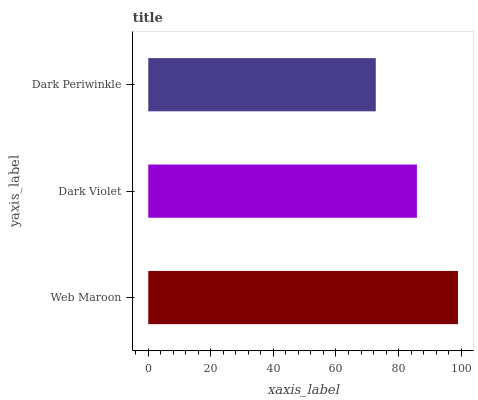
| yaxis_label | bars |
 | --- | --- |
 | Web Maroon | 99 |
 | Dark Violet | 85.9 |
 | Dark Periwinkle | 72.7 |